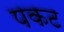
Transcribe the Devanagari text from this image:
पकट